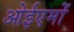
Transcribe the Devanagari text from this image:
ओईएमों